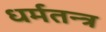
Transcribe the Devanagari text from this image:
धर्मतन्त्र